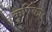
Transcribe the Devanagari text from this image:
कृषिकार